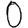
Digit: 0